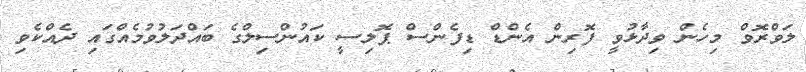
ލަވްރޮވް މިހެން ވިދާޅުވީ ފޮރިން އެންޑް ޑިފެންސް ޕޮލިސީ ކައުންސިލްގެ ބައްދަލުވުމެއްގައި ދެއްކެވި